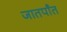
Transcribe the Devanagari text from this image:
जातपाँत